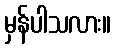
မှန်ပါသလား။